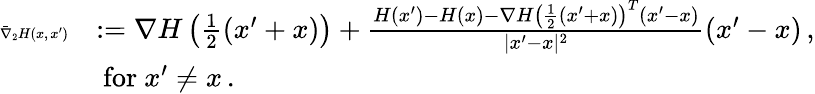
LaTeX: \begin{array}{rl}{\tiny\bar{\nabla}_{2}H(x,x^{\prime})}&{:=\nabla H\left(\frac{1}{2}(x^{\prime}+x)\right)+\frac{H(x^{\prime})-H(x)-\nabla H\left(\frac{1}{2}(x^{\prime}+x)\right)^{T}(x^{\prime}-x)}{|x^{\prime}-x|^{2}}(x^{\prime}-x)\, ,}\\ &{\mathrm{~for~}x^{\prime}\not=x\, .}\end{array}